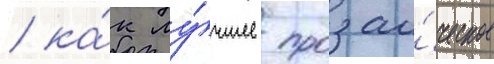
/ ка́к лу́чшее прозаи́ческое